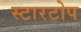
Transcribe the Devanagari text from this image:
स्टारटोप